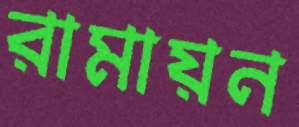
রামায়ন